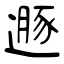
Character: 遯